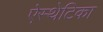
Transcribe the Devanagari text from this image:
ऐस्थेटिका